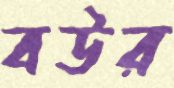
বউর